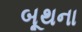
બૂથના